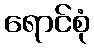
ရောင်စုံ